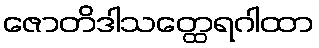
ဇောတိဒါသတ္ထေရဂါထာ